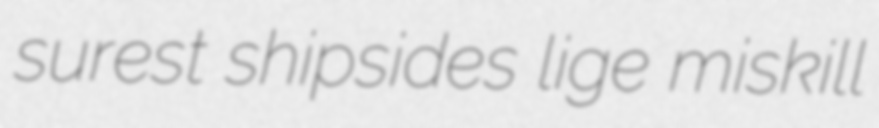
surest shipsides lige miskill